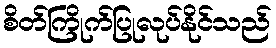
စိတ်ကြိုက်ပြုလုပ်နိုင်သည်